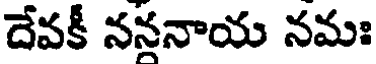
దేవకీ నననాయ నమః